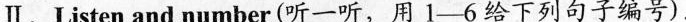
Ⅱ.Listen and number (听一听,用 1-6 给下列句子编号).